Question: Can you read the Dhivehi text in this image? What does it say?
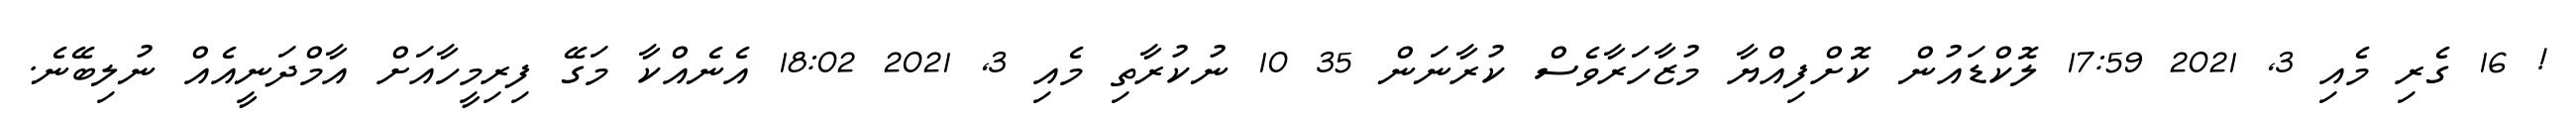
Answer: ! 16 ގެރި މެއި 3, 2021 17:59 ލޮކްޑައުން ކޮށްފިއްޔާ މުޒާހަރާވެސް ކުރާނަން 35 10 ނުކުރާތި މެއި 3, 2021 18:02 އެނެއްކާ މަގޭ ފިރިމީހާއަށް އާމްދަނީއެއް ނުލިބޭނެ.